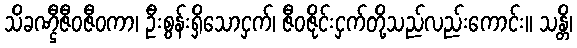
သိခဏ္ဌီဇီဝဇီဝကာ၊ ဦးစွန်းရှိသောငှက်၊ ဇီဝဇိုင်းငှက်တို့သည်လည်းကောင်း။ သန္တိ၊